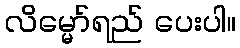
လိမ္မော်ရည် ပေးပါ။